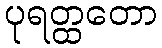
ပုရတ္ထတော